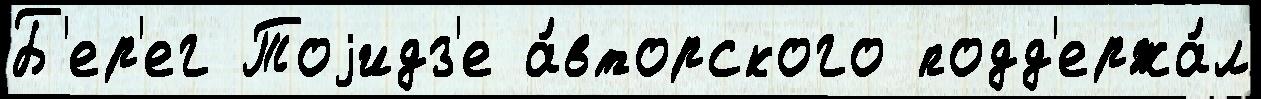
Б'ер'ег Тоjидз'е а́вторского подд'ержа́л